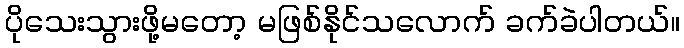
ပိုသေးသွားဖို့မတော့ မဖြစ်နိုင်သလောက် ခက်ခဲပါတယ်။